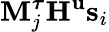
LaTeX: \textbf{M}_{j}^{\boldsymbol{\tau}}\textbf{H}^{\textbf{u}}\textbf{s}_{i}